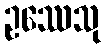
ဥဿေသု